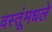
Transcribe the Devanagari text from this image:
वस्तूंमधले